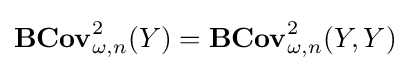
\mathbf {BCov} _{\omega ,n}^{2}(Y)=\mathbf {BCov} _{\omega ,n}^{2}(Y,Y)